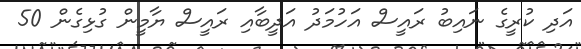
އަދި ކުރީގެ ނައިބު ރައީސް އަހުމަދު އަދީބާއި ރައީސް ޔާމީން ގުޅިގެން 50